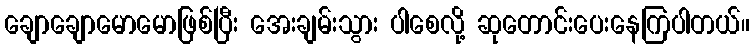
ချောချောမောမောဖြစ်ပြီး အေးချမ်းသွား ပါစေလို့ ဆုတောင်းပေးနေကြပါတယ်။